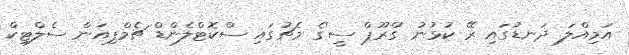
އަމިއްލަ ދަނޑުގައި ރޭ ކުޅުނު 'ގްރޫޕް ސީ'ގެ މެޗުގައި ސްކޮޓްލެންޑް ޗެމްޕިއަން ސެލްޓިކް